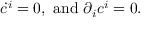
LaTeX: \dot { c } ^ { i } = 0 , \mathrm { ~ a n d ~ } \partial _ { i } c ^ { i } = 0 .